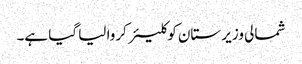
شمالی وزیر ستان کو کلیئر کروا لیا گیا ہے۔